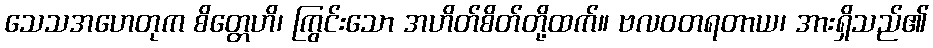
သေသအဟေတုက စိတ္တေဟိ၊ ကြွင်းသော အဟိတ်စိတ်တို့ထက်။ ဗလဝတရတာယ၊ အားရှိသည်၏